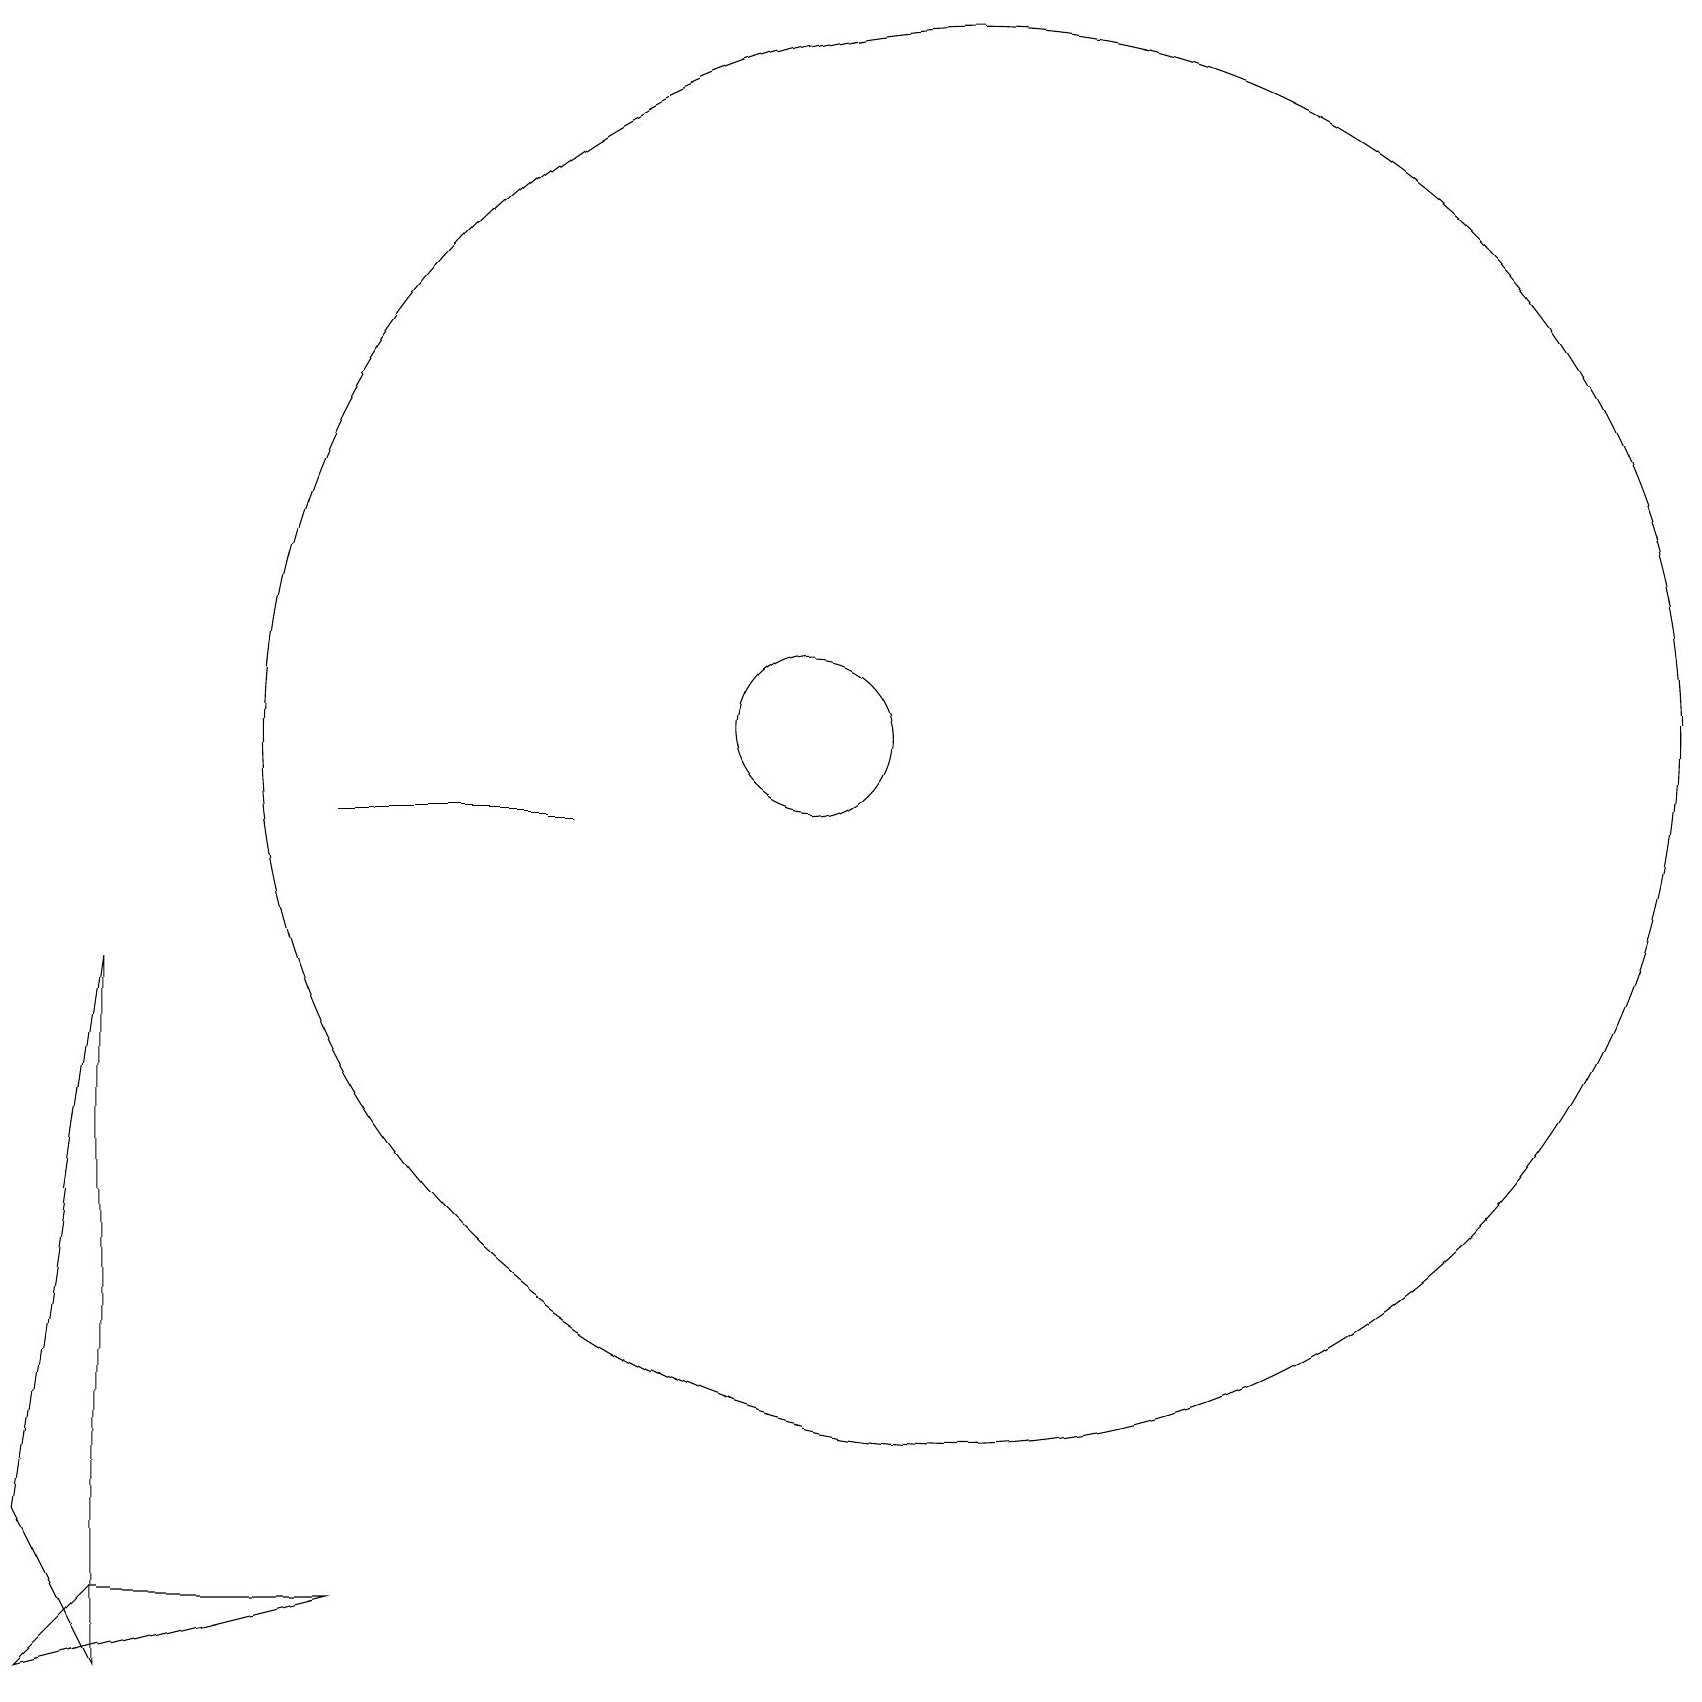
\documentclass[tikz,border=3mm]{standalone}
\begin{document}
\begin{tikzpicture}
\draw (12,12) circle (9);
\draw (1,0) -- (1,9) -- (0,2) -- cycle;
\draw (10,12) circle (1);
\draw (4,1) -- (0,0) -- (1,1) -- cycle;
\draw (4,11) rectangle (7,11);
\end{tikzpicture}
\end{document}